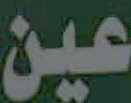
عين